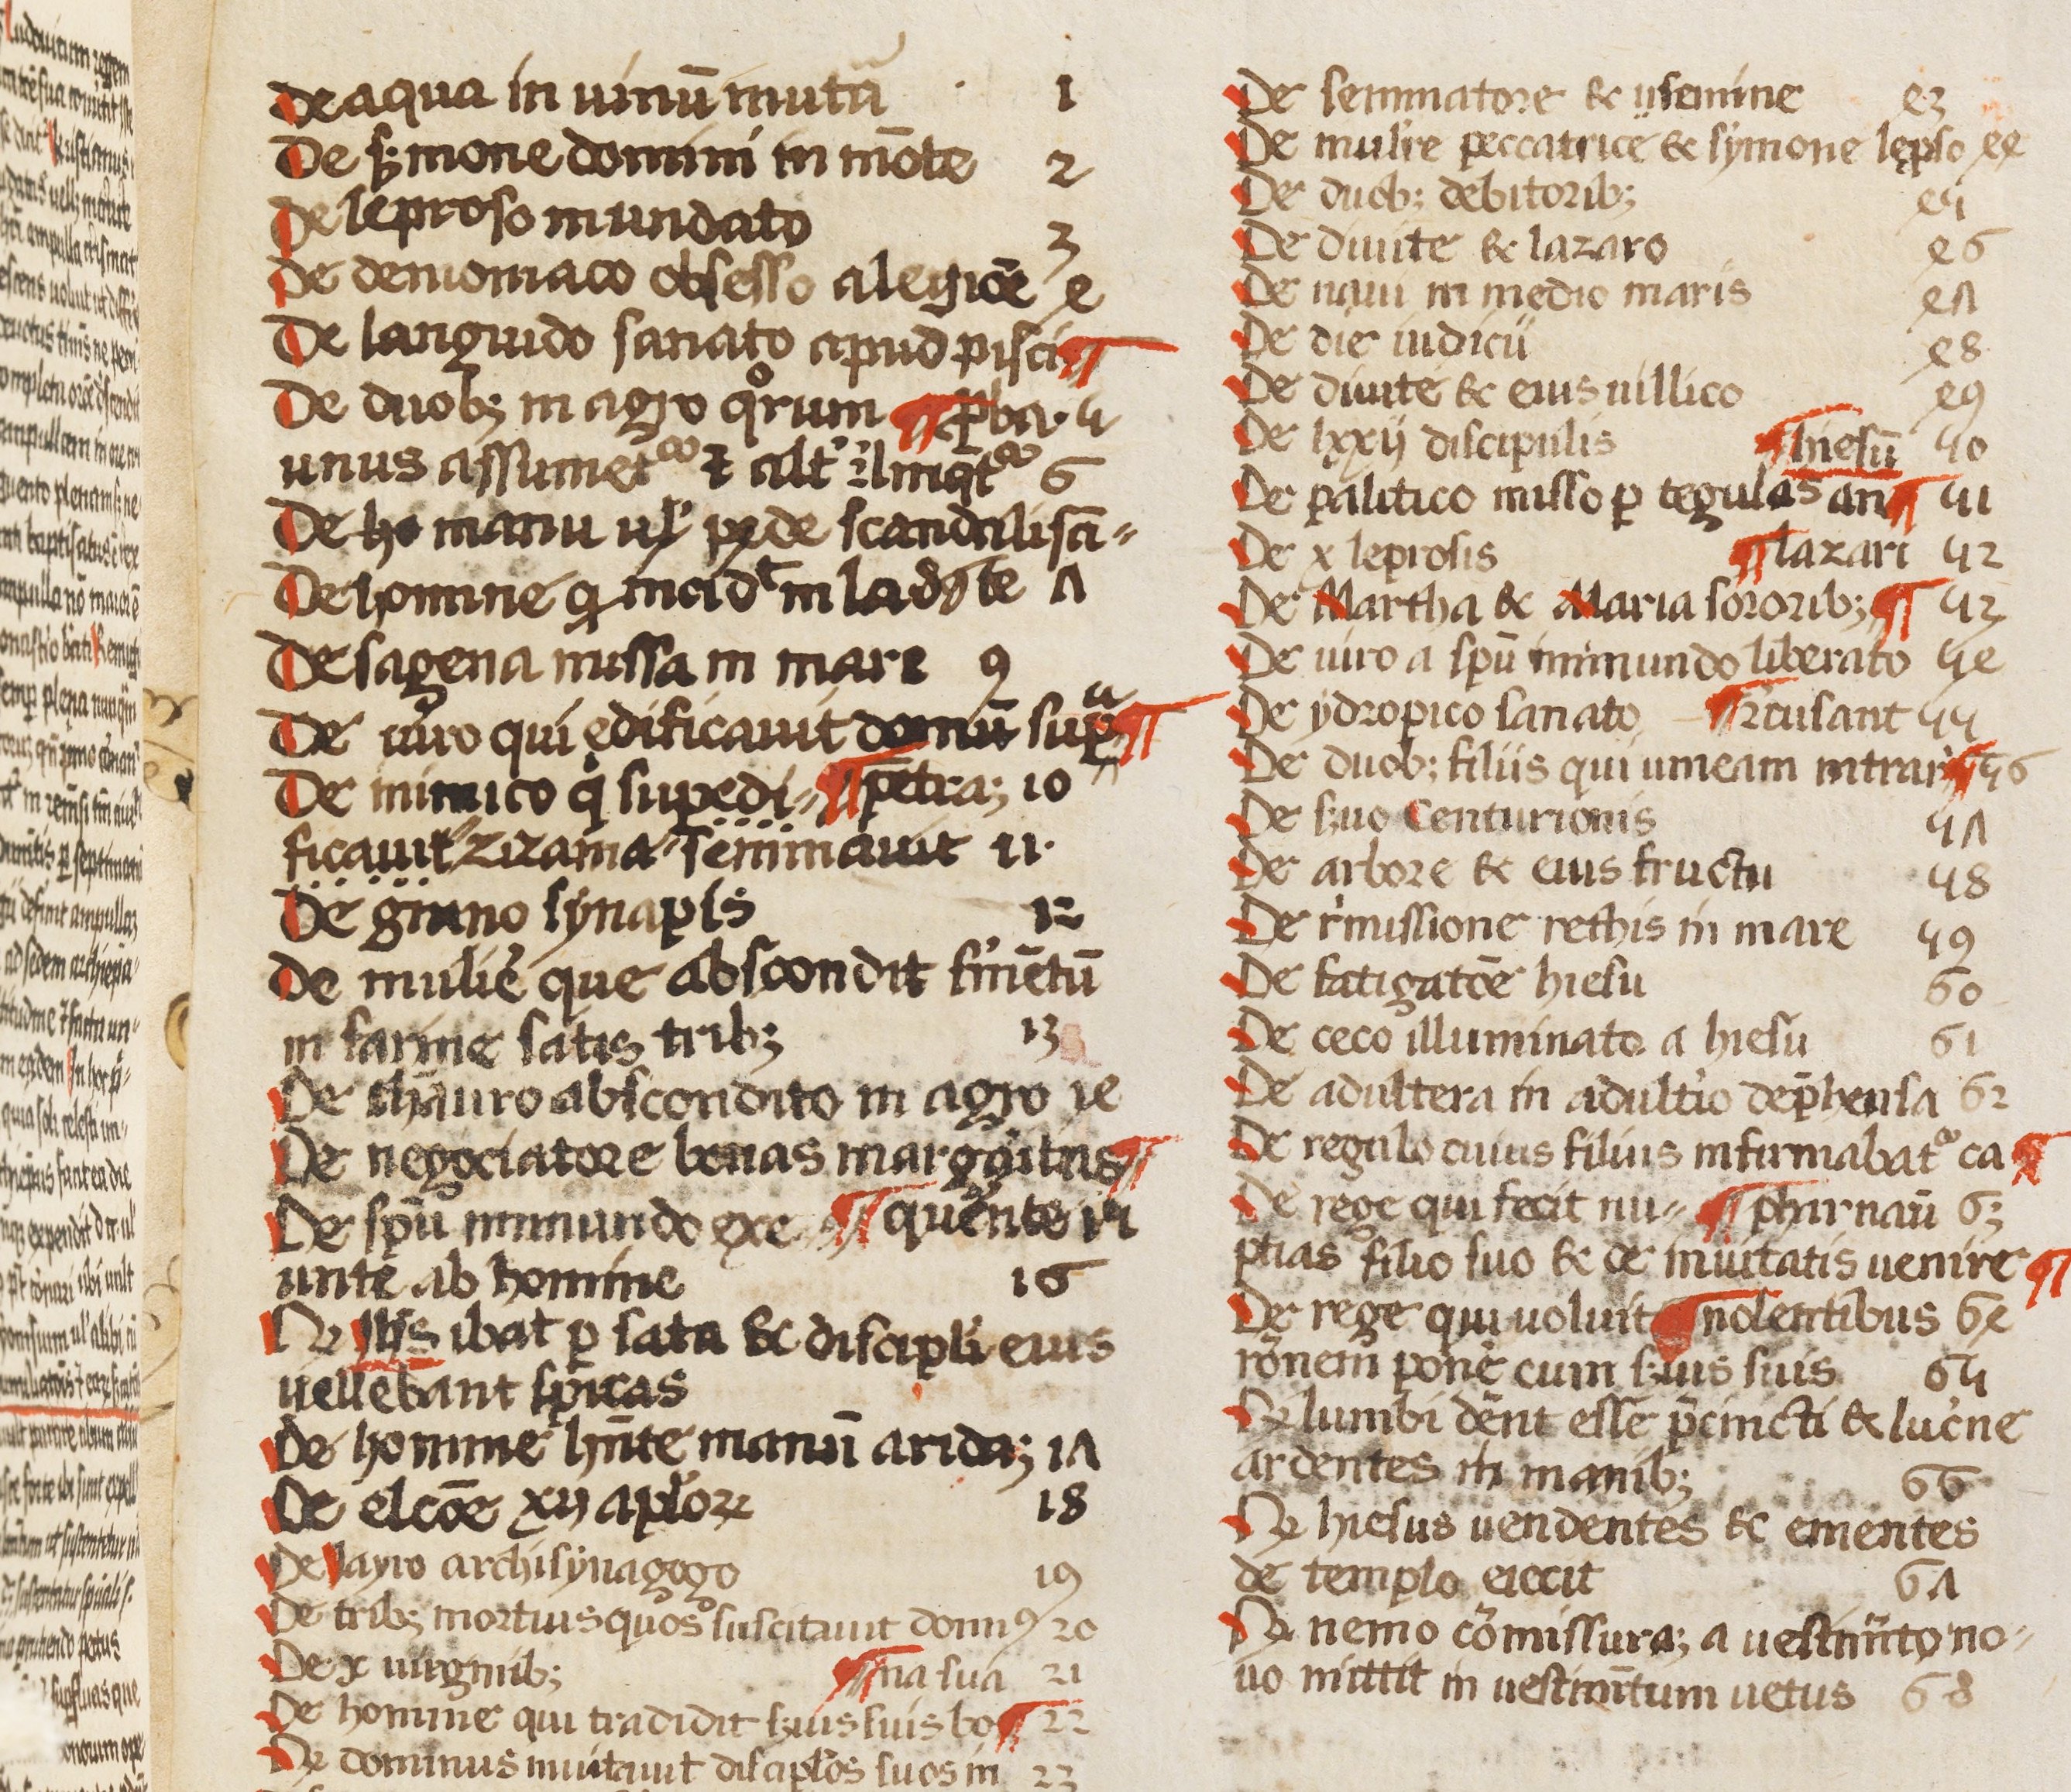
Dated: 1450–1474